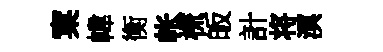
窠幃衡帐梳皈計将溟